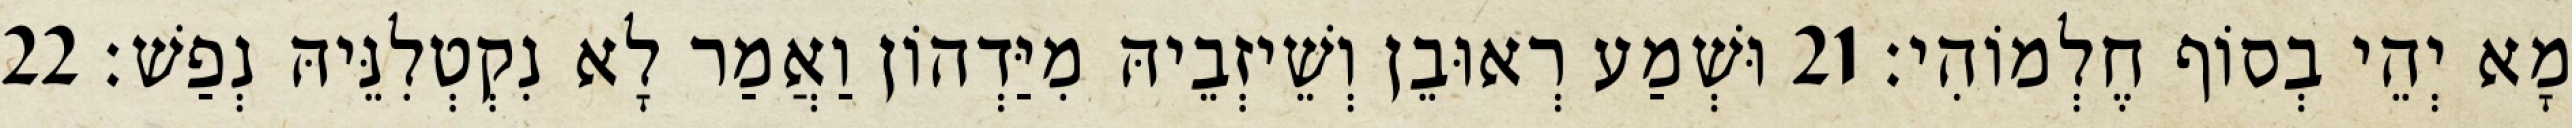
מָא יְהֵי בְסוֹף חֶלְמוֹהִי׃ 21 וּשְׁמַע רְאוּבֵן וְשֵׁיזְבֵיהּ מִיַּדְהוֹן וַאֲמַר לָא נִקְטְלִנֵּיהּ נְפַשׁ׃ 22